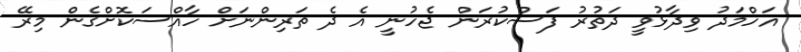
އަހްމަދު ވިދާޅުވީ ދަތުރު ފަސްކުރަން ޖެހުނީ އެ ދެ ތަރިންނަށް ހާއްސަކޮށްގެން މިރޭ